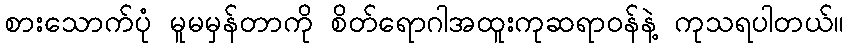
စားသောက်ပုံ မူမမှန်တာကို စိတ်ရောဂါအထူးကုဆရာဝန်နဲ့ ကုသရပါတယ်။